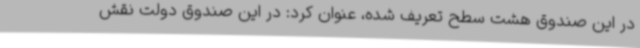
در این صندوق هشت سطح تعریف شده، عنوان کرد: در این صندوق دولت نقش